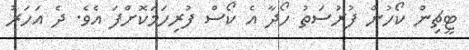
ޓީޗިން ކޯހުން ފުރުސަތު ހޯދާ އެ ކޯސް ފުރިހަމަކޮށްފަ އެވެ. ދެ އަހަރު